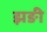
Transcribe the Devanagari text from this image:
झङी